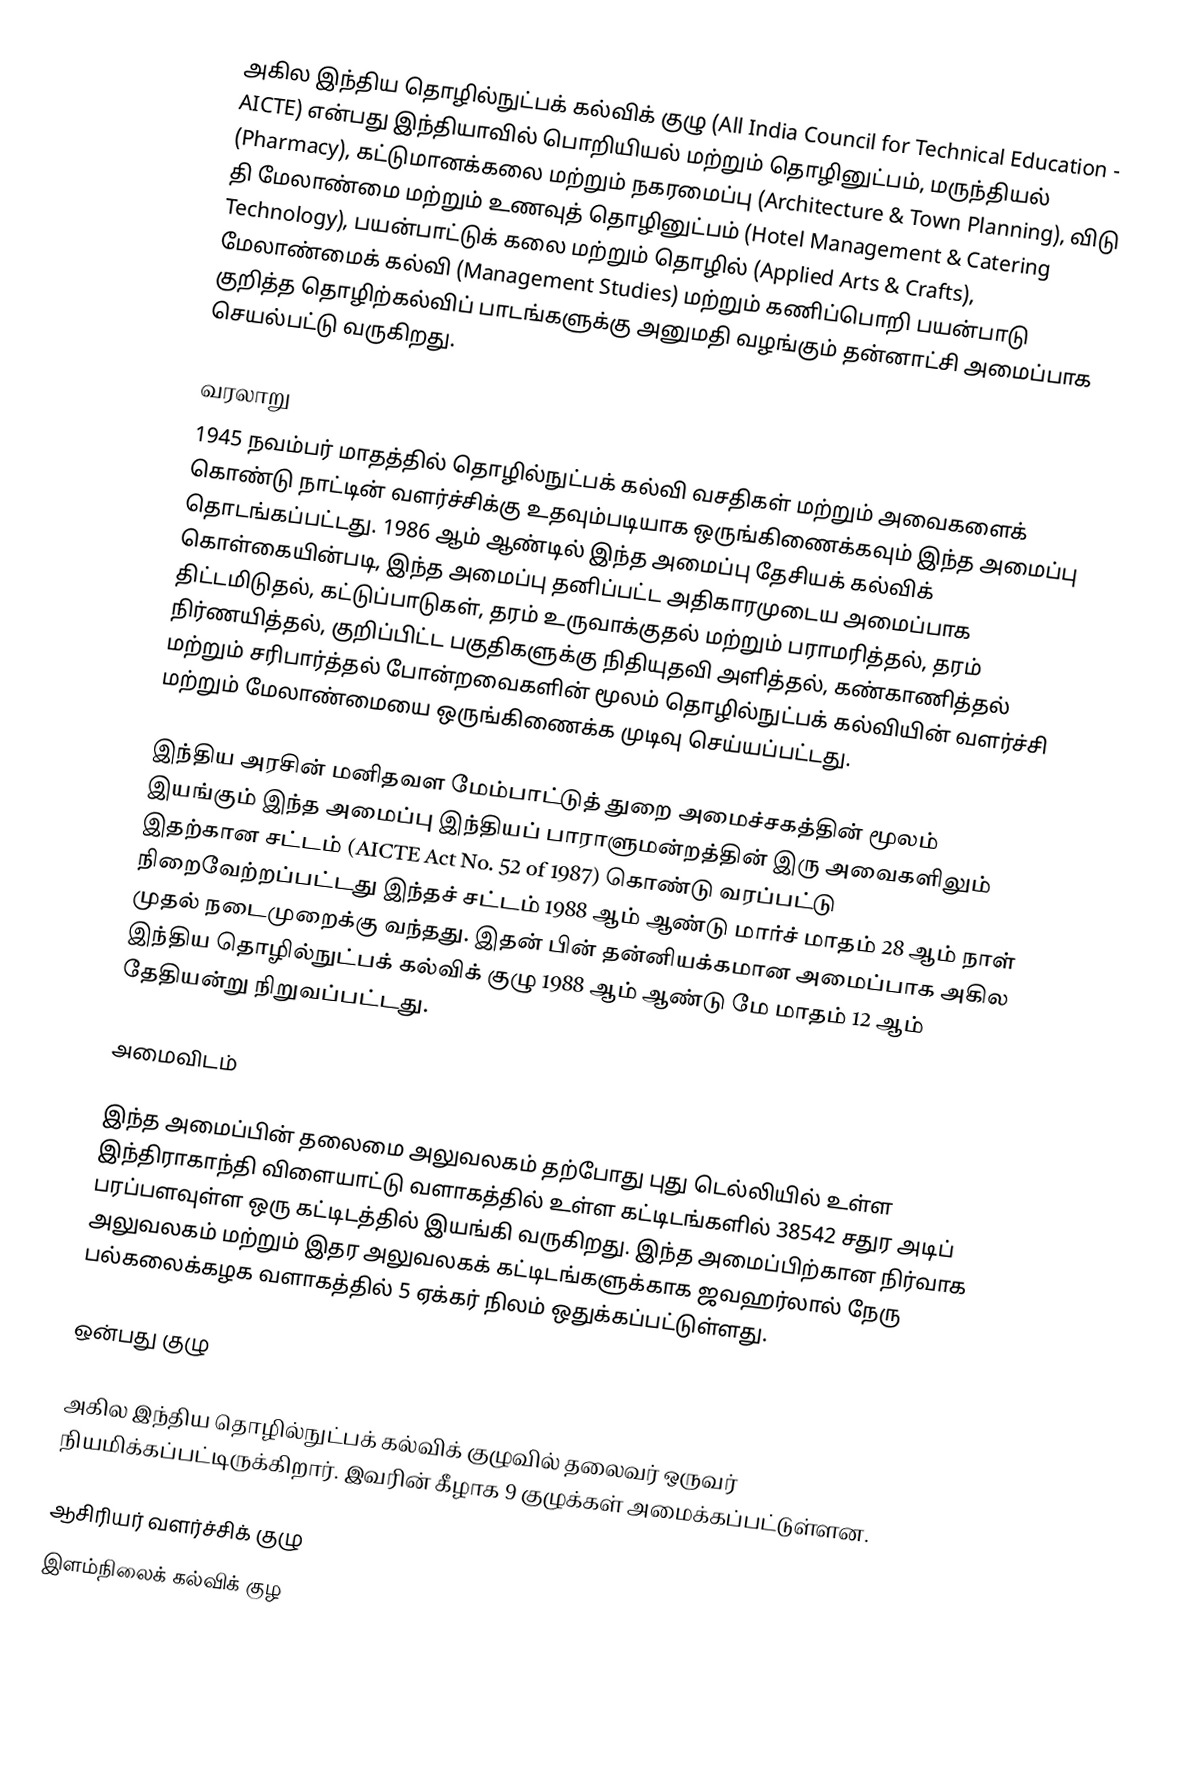
அகில இந்திய தொழில்நுட்பக் கல்விக் குழு (All India Council for Technical Education - AICTE) என்பது இந்தியாவில் பொறியியல் மற்றும் தொழினுட்பம், மருந்தியல் (Pharmacy), கட்டுமானக்கலை மற்றும் நகரமைப்பு (Architecture & Town Planning), விடு தி மேலாண்மை மற்றும் உணவுத் தொழினுட்பம் (Hotel Management & Catering Technology), பயன்பாட்டுக் கலை மற்றும் தொழில் (Applied Arts & Crafts), மேலாண்மைக் கல்வி (Management Studies) மற்றும் கணிப்பொறி பயன்பாடு குறித்த தொழிற்கல்விப் பாடங்களுக்கு அனுமதி வழங்கும் தன்னாட்சி அமைப்பாக செயல்பட்டு வருகிறது.

வரலாறு
1945 நவம்பர் மாதத்தில் தொழில்நுட்பக் கல்வி வசதிகள் மற்றும் அவைகளைக் கொண்டு நாட்டின் வளர்ச்சிக்கு உதவும்படியாக ஒருங்கிணைக்கவும் இந்த அமைப்பு தொடங்கப்பட்டது. 1986 ஆம் ஆண்டில் இந்த அமைப்பு தேசியக் கல்விக் கொள்கையின்படி, இந்த அமைப்பு தனிப்பட்ட அதிகாரமுடைய அமைப்பாக திட்டமிடுதல், கட்டுப்பாடுகள், தரம் உருவாக்குதல் மற்றும் பராமரித்தல், தரம் நிர்ணயித்தல், குறிப்பிட்ட பகுதிகளுக்கு நிதியுதவி அளித்தல், கண்காணித்தல் மற்றும் சரிபார்த்தல் போன்றவைகளின் மூலம் தொழில்நுட்பக் கல்வியின் வளர்ச்சி மற்றும் மேலாண்மையை ஒருங்கிணைக்க முடிவு செய்யப்பட்டது.

இந்திய அரசின் மனிதவள மேம்பாட்டுத் துறை அமைச்சகத்தின் மூலம் இயங்கும் இந்த அமைப்பு இந்தியப் பாராளுமன்றத்தின் இரு அவைகளிலும் இதற்கான சட்டம் (AICTE Act No. 52 of 1987) கொண்டு வரப்பட்டு நிறைவேற்றப்பட்டது இந்தச் சட்டம் 1988 ஆம் ஆண்டு மார்ச் மாதம் 28 ஆம் நாள் முதல் நடைமுறைக்கு வந்தது. இதன் பின் தன்னியக்கமான அமைப்பாக அகில இந்திய தொழில்நுட்பக் கல்விக் குழு 1988 ஆம் ஆண்டு மே மாதம் 12 ஆம் தேதியன்று நிறுவப்பட்டது.

அமைவிடம்

இந்த அமைப்பின் தலைமை அலுவலகம் தற்போது புது டெல்லியில் உள்ள இந்திராகாந்தி விளையாட்டு வளாகத்தில் உள்ள கட்டிடங்களில் 38542 சதுர அடிப் பரப்பளவுள்ள ஒரு கட்டிடத்தில் இயங்கி வருகிறது. இந்த அமைப்பிற்கான நிர்வாக அலுவலகம் மற்றும் இதர அலுவலகக் கட்டிடங்களுக்காக ஜவஹர்லால் நேரு பல்கலைக்கழக வளாகத்தில் 5 ஏக்கர் நிலம் ஒதுக்கப்பட்டுள்ளது.

ஒன்பது குழு

அகில இந்திய தொழில்நுட்பக் கல்விக் குழுவில் தலைவர் ஒருவர் நியமிக்கப்பட்டிருக்கிறார். இவரின் கீழாக 9 குழுக்கள் அமைக்கப்பட்டுள்ளன.

ஆசிரியர் வளர்ச்சிக் குழு
இளம்நிலைக் கல்விக் குழ